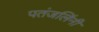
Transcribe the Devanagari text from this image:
पतंजलिंनी